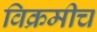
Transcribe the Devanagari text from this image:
विक्रमीच